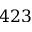
4 2 3